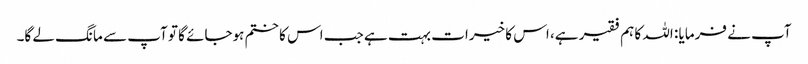
آپ نے فرمایا : اللہ کا ہم فقیر ہے، اس کا خیرات بہت ہے جب اس کا ختم ہوجائے گا تو آپ سے مانگ لے گا۔